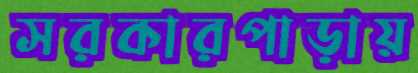
সরকারপাড়ায়